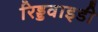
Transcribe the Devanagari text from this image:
रिड्डवाइडी